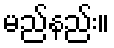
မည်နည်း။